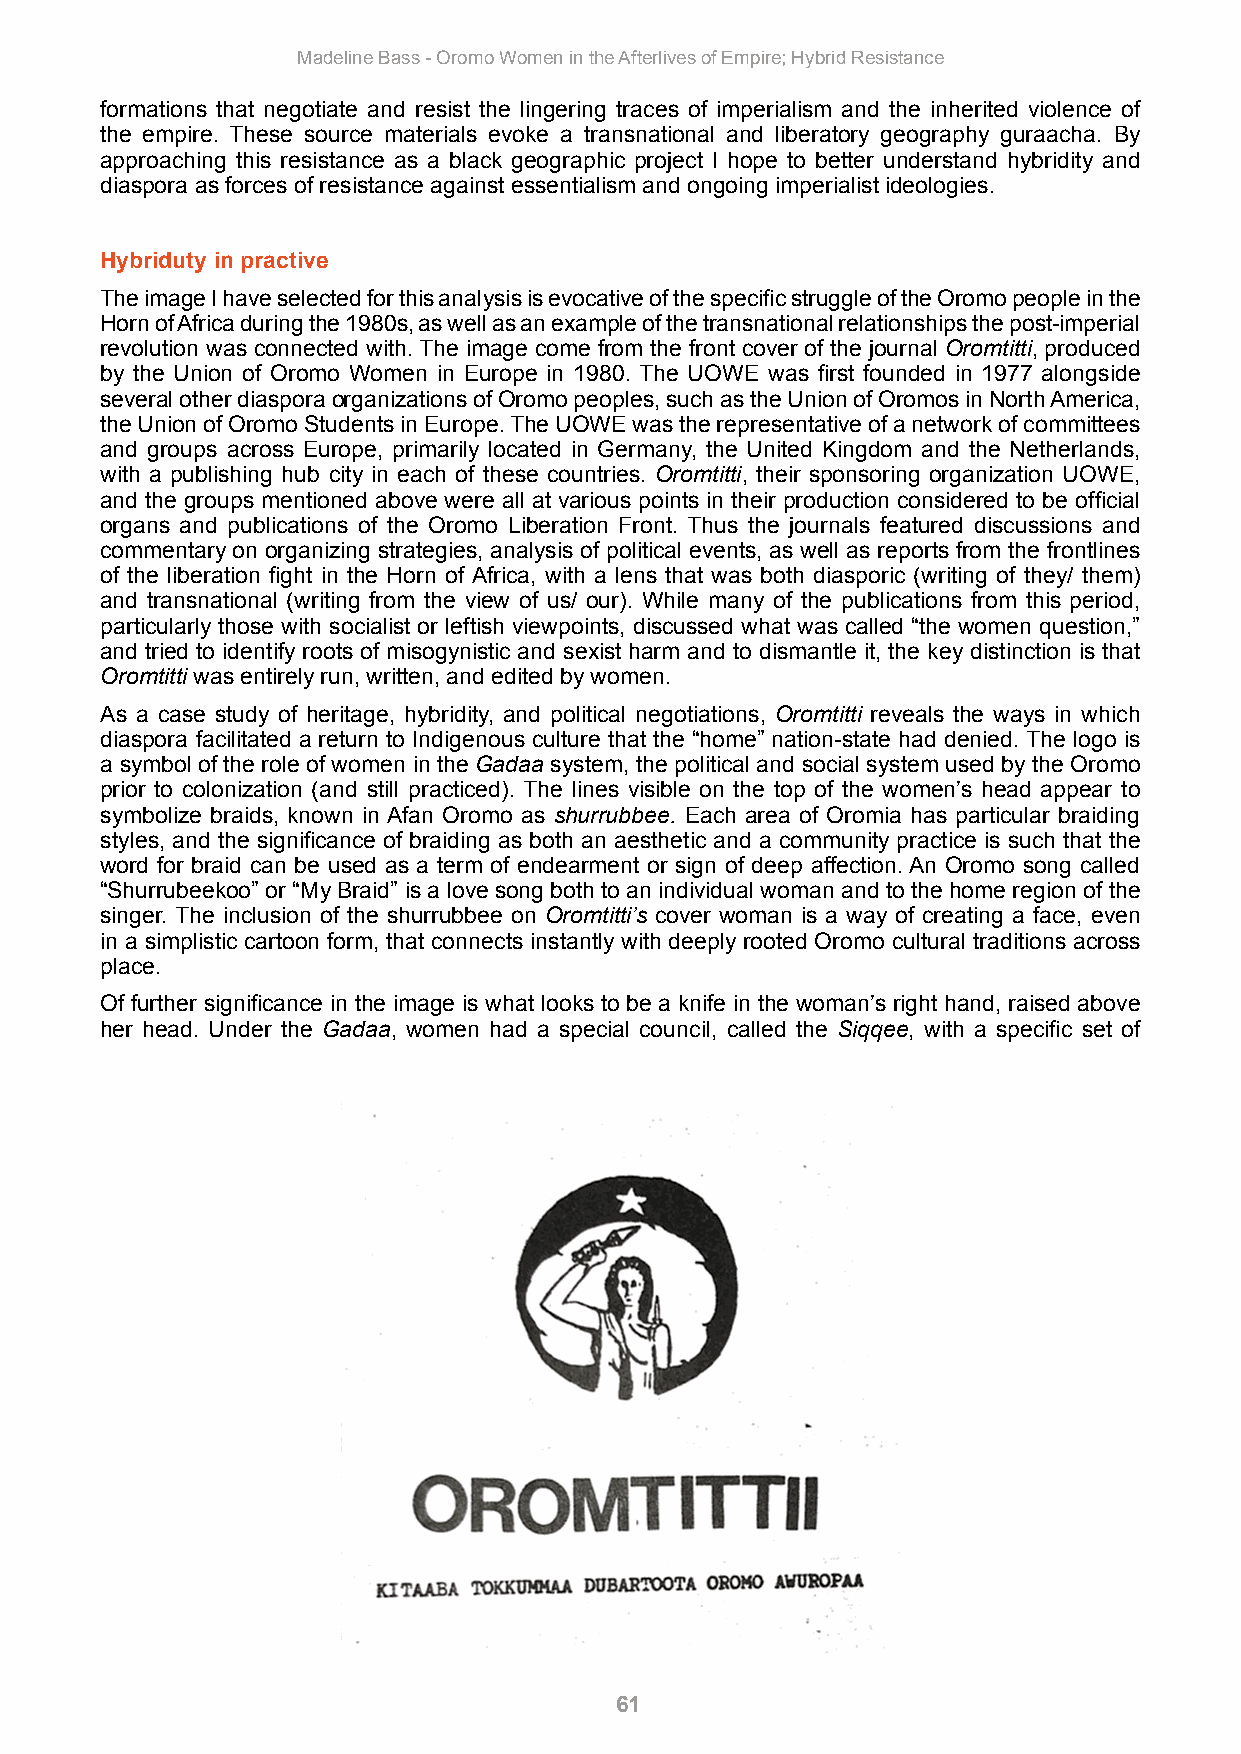
Madeline Bass - Oromo Women in the Afterlives of Empire; Hybrid Resistance
 formations that negotiate and resist the lingering traces of imperialism and the inherited violence of
 the empire. These source materials evoke a transnational and liberatory geography guraacha. By
 approaching this resistance as a black geographic project I hope to better understand hybridity and
 diaspora as forces of resistance against essentialism and ongoing imperialist ideologies.
 Hybriduty in practive
 The image I have selected for this analysis is evocative of the specific struggle of the Oromo people in the
 Horn of Africa during the 1980s, as well as an example of the transnational relationships the post-imperial
 revolution was connected with. The image come from the front cover of the journal Oromtitti, produced
 by the Union of Oromo Women in Europe in 1980. The UOWE was first founded in 1977 alongside
 several other diaspora organizations of Oromo peoples, such as the Union of Oromos in North America,
 the Union of Oromo Students in Europe. The UOWE was the representative of a network of committees
 and groups across Europe, primarily located in Germany, the United Kingdom and the Netherlands,
 with a publishing hub city in each of these countries. Oromtitti, their sponsoring organization UOWE,
 and the groups mentioned above were all at various points in their production considered to be official
 organs and publications of the Oromo Liberation Front. Thus the journals featured discussions and
 commentary on organizing strategies, analysis of political events, as well as reports from the frontlines
 of the liberation fight in the Horn of Africa, with a lens that was both diasporic (writing of they/ them)
 and transnational (writing from the view of us/ our). While many of the publications from this period,
 particularly those with socialist or leftish viewpoints, discussed what was called “the women question,”
 and tried to identify roots of misogynistic and sexist harm and to dismantle it, the key distinction is that
 Oromtitti was entirely run, written, and edited by women.
 As a case study of heritage, hybridity, and political negotiations, Oromtitti reveals the ways in which
 diaspora facilitated a return to Indigenous culture that the “home” nation-state had denied. The logo is
 a symbol of the role of women in the Gadaa system, the political and social system used by the Oromo
 prior to colonization (and still practiced). The lines visible on the top of the women’s head appear to
 symbolize braids, known in Afan Oromo as shurrubbee. Each area of Oromia has particular braiding
 styles, and the significance of braiding as both an aesthetic and a community practice is such that the
 word for braid can be used as a term of endearment or sign of deep affection. An Oromo song called
 “Shurrubeekoo” or “My Braid” is a love song both to an individual woman and to the home region of the
 singer. The inclusion of the shurrubbee on Oromtitti’s cover woman is a way of creating a face, even
 in a simplistic cartoon form, that connects instantly with deeply rooted Oromo cultural traditions across
 place.
 Of further significance in the image is what looks to be a knife in the woman’s right hand, raised above
 her head. Under the Gadaa, women had a special council, called the Siqqee, with a specific set of
 61